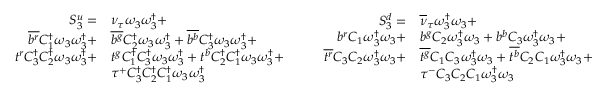
\begin{array} { r l } { S _ { 3 } ^ { u } = } & { { \nu _ { \tau } } \omega _ { 3 } \omega _ { 3 } ^ { \dagger } + } \\ { \overline { { b ^ { r } } } { C _ { 1 } ^ { \dagger } } \omega _ { 3 } \omega _ { 3 } ^ { \dagger } + } & { \overline { { b ^ { g } } } { C _ { 2 } ^ { \dagger } } \omega _ { 3 } \omega _ { 3 } ^ { \dagger } + \overline { { b ^ { b } } } { C _ { 3 } ^ { \dagger } } \omega _ { 3 } \omega _ { 3 } ^ { \dagger } + } \\ { t ^ { r } { C _ { 3 } ^ { \dagger } } { C _ { 2 } ^ { \dagger } } \omega _ { 3 } \omega _ { 3 } ^ { \dagger } + } & { t ^ { g } { C _ { 1 } ^ { \dagger } } { C _ { 3 } ^ { \dagger } } \omega _ { 3 } \omega _ { 3 } ^ { \dagger } + t ^ { b } { C _ { 2 } ^ { \dagger } } { C _ { 1 } ^ { \dagger } } \omega _ { 3 } \omega _ { 3 } ^ { \dagger } + } \\ & { \tau ^ { + } { C _ { 3 } ^ { \dagger } } { C _ { 2 } ^ { \dagger } } { C _ { 1 } ^ { \dagger } } \omega _ { 3 } \omega _ { 3 } ^ { \dagger } } \end{array} \qquad \begin{array} { r l } { S _ { 3 } ^ { d } = } & { { \overline { { \nu } } _ { \tau } } \omega _ { 3 } ^ { \dagger } \omega _ { 3 } + } \\ { { b } ^ { r } { C _ { 1 } } \omega _ { 3 } ^ { \dagger } \omega _ { 3 } + } & { { b } ^ { g } { C _ { 2 } } \omega _ { 3 } ^ { \dagger } \omega _ { 3 } + { b } ^ { b } { C _ { 3 } } \omega _ { 3 } ^ { \dagger } \omega _ { 3 } + } \\ { \overline { { t ^ { r } } } { C _ { 3 } } { C _ { 2 } } \omega _ { 3 } ^ { \dagger } \omega _ { 3 } + } & { \overline { { t ^ { g } } } { C _ { 1 } } { C _ { 3 } } \omega _ { 3 } ^ { \dagger } \omega _ { 3 } + \overline { { t ^ { b } } } { C _ { 2 } } { C _ { 1 } } \omega _ { 3 } ^ { \dagger } \omega _ { 3 } + } \\ & { \tau ^ { - } { C _ { 3 } } { C _ { 2 } } { C _ { 1 } } \omega _ { 3 } ^ { \dagger } \omega _ { 3 } } \end{array}